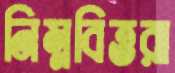
নিম্নবিত্তরা